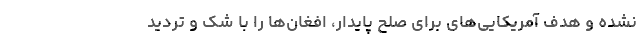
نشده و هدف آمریکایی‌های برای صلح پایدار، افغان‌ها را با شک و تردید